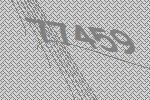
77459